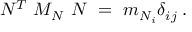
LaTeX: N ^ { T } ~ { \cal M } _ { \cal N } ~ N ~ = ~ m _ { { \cal N } _ { i } } \delta _ { i j } \; .